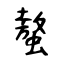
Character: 螯